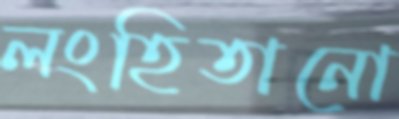
লংহিতানো